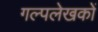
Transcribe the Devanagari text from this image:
गल्पलेखकों